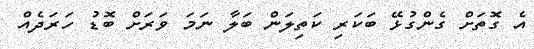
އެ ގޮތަށް ގެންގުޅޭ ބަކަރި ކަތިލަން ބަލާ ނަމަ ވަރަށް ބޮޑު ހަރަދެއް